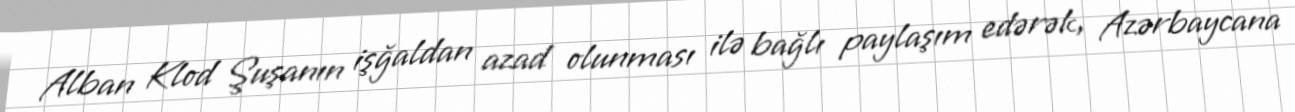
Alban Klod Şuşanın işğaldan azad olunması ilə bağlı paylaşım edərək, Azərbaycana